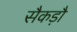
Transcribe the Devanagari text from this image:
सैकड़ौ